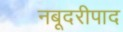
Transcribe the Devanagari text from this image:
नबूदरीपाद